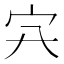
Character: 𡦿